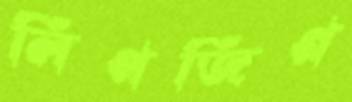
লিপজিগ